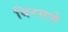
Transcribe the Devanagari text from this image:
विरसणे